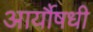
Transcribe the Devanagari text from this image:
आर्यौषधी